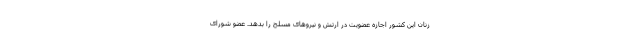
زنان این کشور اجازه عضویت در ارتش و نیروهای مسلح را بدهد. عضو شورای